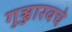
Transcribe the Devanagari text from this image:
गुञ्जारवचे